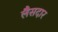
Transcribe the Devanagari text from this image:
लैसदार